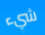
شيء